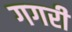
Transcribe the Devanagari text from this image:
गगरी